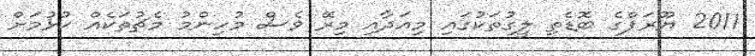
2011 ޔޫރަޕްގެ ބޮޑެތި ލީގުތަކުގައި މިއަދާއި މިރޭ ވެސް މުހިންމު މެޗުތަކެއް ކުޅުމަށް